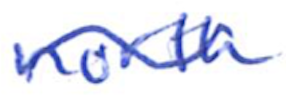
Text: north
Cross-out: wave
Writing tool: ballpoint